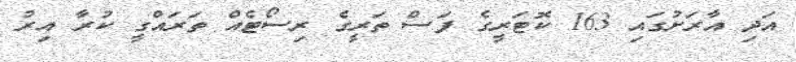
އަދި އާރަށުގައި 163 ކޮޓަރީގެ ފަސް ތަރީގެ ރިސޯޓެއް ތަރައްގީ ކުރާ އިރު